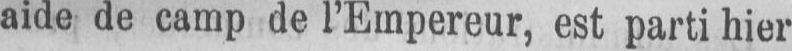
aide de camp de l’Empereur, est parti hier